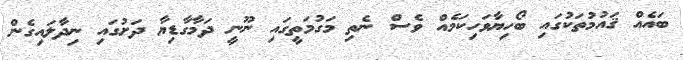
ބައެއް ޤައުމުތަކުގައި ބޯހިޔާވަހިކަމެއް ވެސް ނެތި މަގުމަތީގައި ނޫނީ ދަމާގާޑިޔާ ދަށުގައި ނިދާލައިގެން